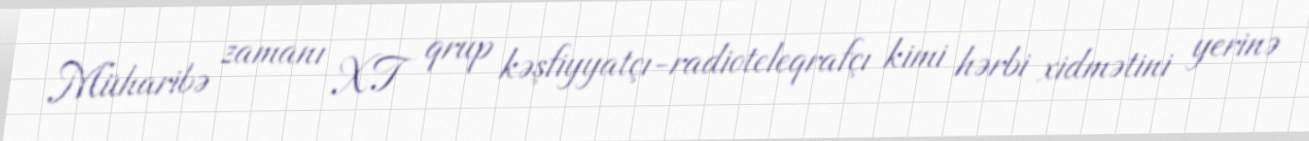
Müharibə zamanı XT qrup kəşfiyyatçı-radioteleqrafçı kimi hərbi xidmətini yerinə